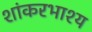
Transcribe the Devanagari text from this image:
शांकरभाश्य